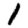
Digit: 1